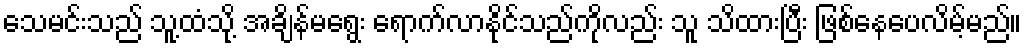
သေမင်းသည် သူ့ထံသို့ အချိန်မရွေး ရောက်လာနိုင်သည်ကိုလည်း သူ သိထားပြီး ဖြစ်နေပေလိမ့်မည်။